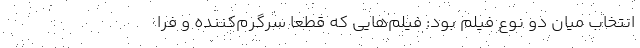
انتخاب میان دو نوع فیلم بود: فیلم‌هایی که قطعاً سرگرم‌کننده و فرا